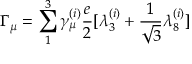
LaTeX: \Gamma _ { \mu } = \sum _ { 1 } ^ { 3 } \gamma _ { \mu } ^ { ( i ) } \frac { e } { 2 } [ \lambda _ { 3 } ^ { ( i ) } + \frac { 1 } { \sqrt { 3 } } \lambda _ { 8 } ^ { ( i ) } ]